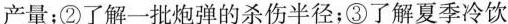
产量；②了解一批炮弹的杀伤半径；③了解夏季冷饮